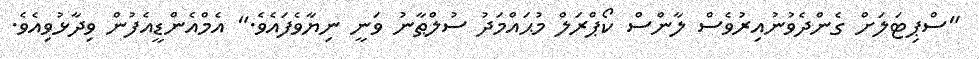
"ސްޕިޓަލަށް ގެންދެވުނުއިރުވެސް ލާންސް ކޯޕްރަލް މުޙައްމަދު ސުލްޠާނު ވަނީ ނިޔާވެފައެވެ." އެމްއެންޑީއެފުން ވިދާޅުވިއެވެ.